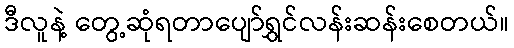
ဒီလူနဲ့ တွေ့ဆုံရတာပျော်ရွှင်လန်းဆန်းစေတယ်။